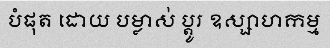
បំផុត ដោយ បម្លាស់ ប្តូរ ឧស្សាហកម្ម